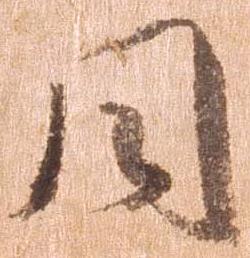
円